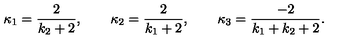
\kappa _ { 1 } = \frac { 2 } { k _ { 2 } + 2 } , \qquad \kappa _ { 2 } = \frac { 2 } { k _ { 1 } + 2 } , \qquad \kappa _ { 3 } = \frac { - 2 } { k _ { 1 } + k _ { 2 } + 2 } .